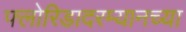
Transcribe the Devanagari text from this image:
फ्लोरिडादरम्यानच्या